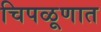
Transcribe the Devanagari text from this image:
चिपळूणात